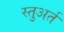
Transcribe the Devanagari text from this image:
स्तुअर्त